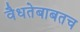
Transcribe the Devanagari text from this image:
वैधतेबाबतच